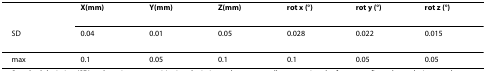
|  | X(mm) | Y(mm) | Z(mm) | rot x (°) | rot y (°) | rot z (°) |
 | SD | 0.04 | 0.01 | 0.05 | 0.028 | 0.022 | 0.015 |
 | --- | --- | --- | --- | --- | --- | --- |
 | max | 0.1 | 0.05 | 0.1 | 0.1 | 0.05 | 0.05 |